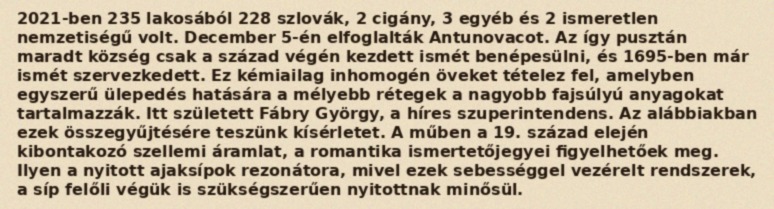
2021-ben 235 lakosából 228 szlovák, 2 cigány, 3 egyéb és 2 ismeretlen nemzetiségű volt. December 5-én elfoglalták Antunovacot. Az így pusztán maradt község csak a század végén kezdett ismét benépesülni, és 1695-ben már ismét szervezkedett. Ez kémiailag inhomogén öveket tételez fel, amelyben egyszerű ülepedés hatására a mélyebb rétegek a nagyobb fajsúlyú anyagokat tartalmazzák. Itt született Fábry György, a híres szuperintendens. Az alábbiakban ezek összegyűjtésére teszünk kísérletet. A műben a 19. század elején kibontakozó szellemi áramlat, a romantika ismertetőjegyei figyelhetőek meg. Ilyen a nyitott ajaksípok rezonátora, mivel ezek sebességgel vezérelt rendszerek, a síp felőli végük is szükségszerűen nyitottnak minősül.